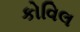
કોવિલ